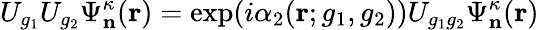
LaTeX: U_{g_{1}}U_{g_{2}}\Psi_{\mathbf n}^{\kappa}(\mathbf r)=\exp(i\alpha_{2}(\mathbf r;g_{1},g_{2}))U_{g_{1}g_{2}}\Psi_{\mathbf n}^{\kappa}(\mathbf r)